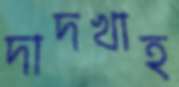
দাদখাহ